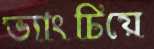
ভ্যাংচিয়ে